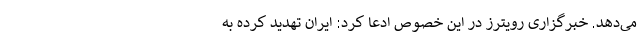
می‌دهد. خبرگزاری رویترز در این خصوص ادعا کرد: ایران تهدید کرده به